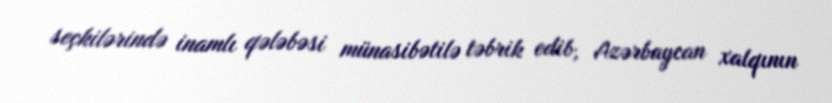
seçkilərində inamlı qələbəsi münasibətilə təbrik edib, Azərbaycan xalqının